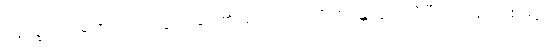
နေက္ခမကာရဏ၊ တောထွက်ခြင်း၏အကြောင်းကို။ စိန္တေတွာ၊ ကြံပြီး၍။ ပုန၊ တစ်ဖန်။